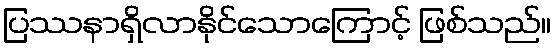
ပြဿနာရှိလာနိုင်သောကြောင့် ဖြစ်သည်။